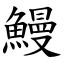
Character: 鰻